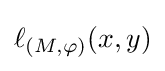
\ell _{(M,\varphi )}(x,y)